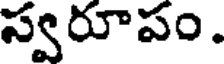
స్వరూపం.